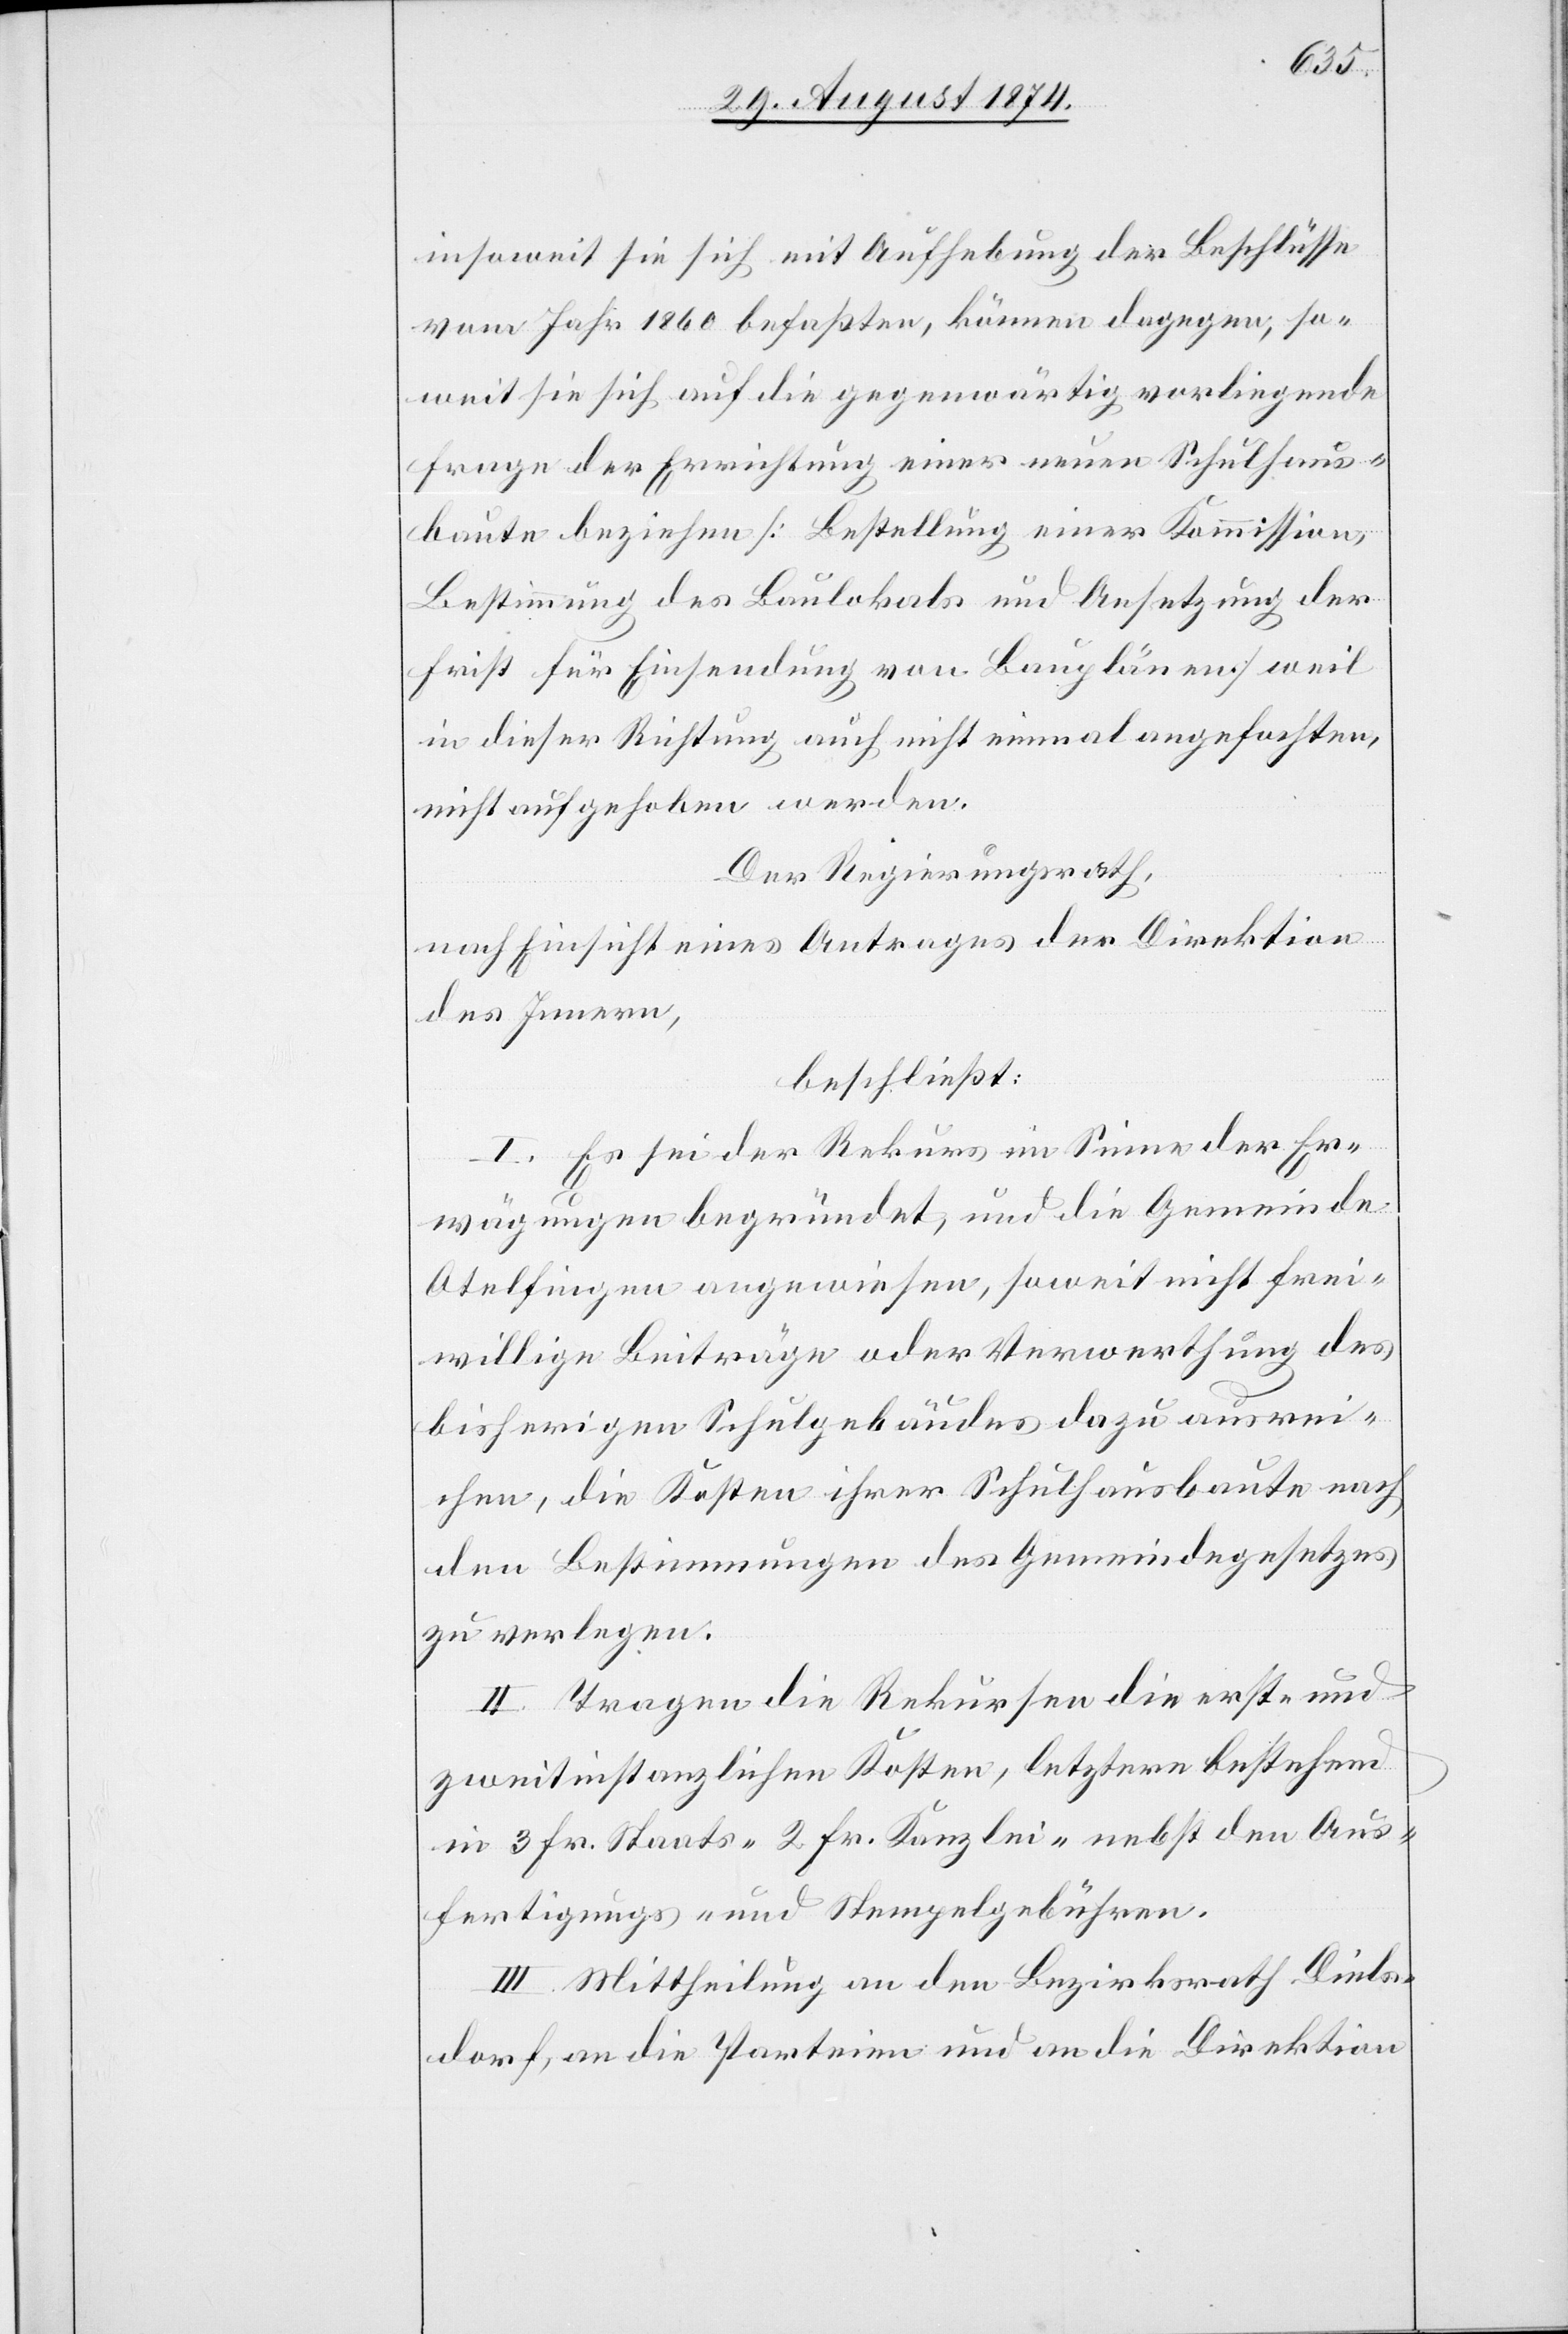
insoweit sie sich mit Aufhebung der Beschlüsse
vom Jahr 1860 befaßten, können dagegen, so¬
weit sie sich auf die gegenwärtig vorliegend
Frage der Errichtung einer neuen Schulhaus¬
baute beziehen [Bestellung einer Kommission,
Bestimmung des Baulokals und Ansetzung der
Frist für Einsendung von Bauplänen] weil
in dieser Richtung auch nicht einmal angefochten,
nicht aufgehoben werden.
Der Regierungsrath,
nach Einsicht eines Antrages der Direktion
des Innern,
beschließt:
I. Es sie der Rekurs im Sinne der Er¬
wägungen begründet, und die Gemeinde
Otelfingen angewiesen, soweit nicht frei¬
willige Beiträge oder Verwerthung des
bisherigen Schulgebäudes dazu ausrei¬
chen, die Kosten ihrer Schulhausbaute nach
den Bestimmungen des Gemeindegesetzes
zu verlegen.
II. Tragen die Rekursen [recte:
zweitinstanzlichen Kosten, letztere bestehend
in 3 Fr. Staats- [,] 2 Fr. Kanzlei- nebst den Aus¬
fertigungs- und Stempelgebühren.
III. Mittheilung an den Bezirksrath Diels¬
dorf, an die Parteien und an die Direktion